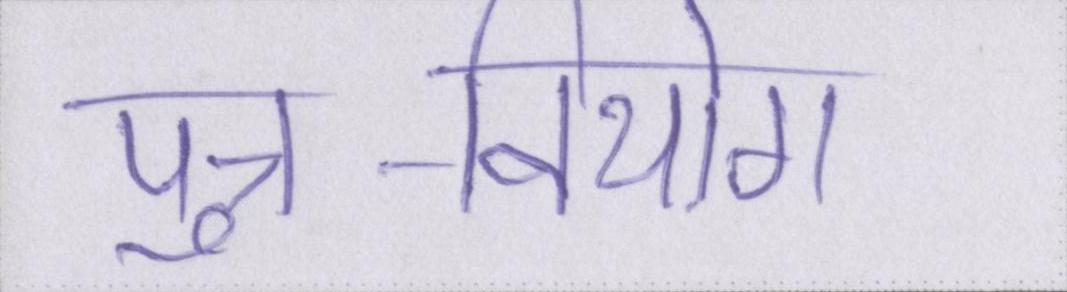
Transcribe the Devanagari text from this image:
पुत्र-वियोग